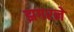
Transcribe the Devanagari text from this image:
झगरने